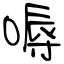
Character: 嗕